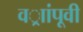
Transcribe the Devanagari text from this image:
वर्ाांपूवी